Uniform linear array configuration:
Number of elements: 64
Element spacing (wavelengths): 0.75
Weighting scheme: binomial
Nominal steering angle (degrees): -60
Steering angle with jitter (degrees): -60.325
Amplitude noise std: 0.05
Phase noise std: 0.05

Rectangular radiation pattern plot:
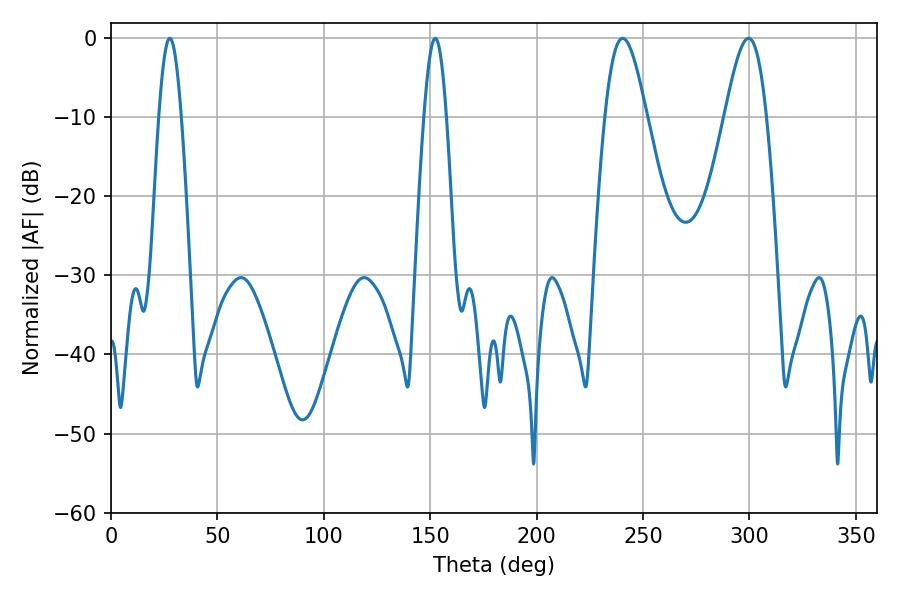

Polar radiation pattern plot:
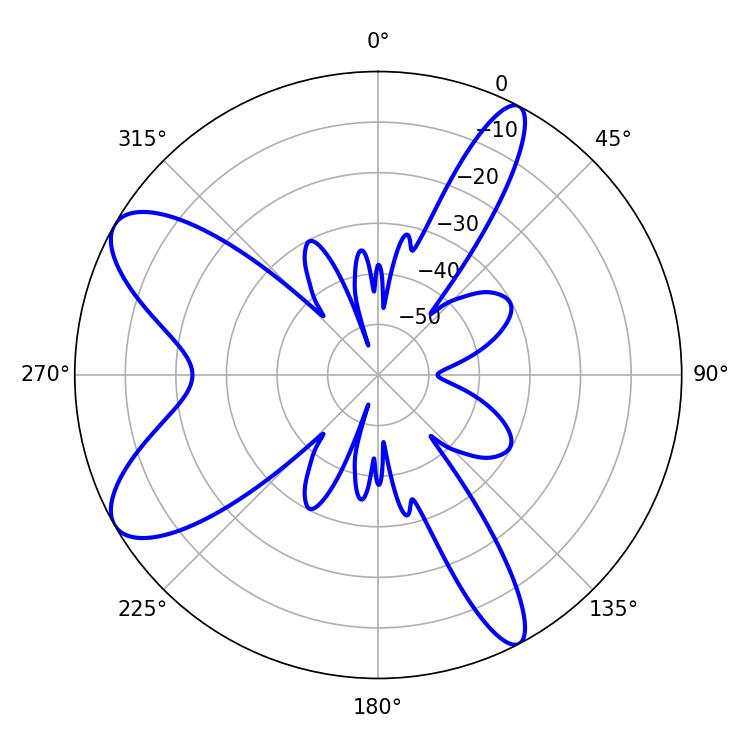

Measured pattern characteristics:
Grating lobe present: TRUE
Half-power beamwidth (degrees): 10.44
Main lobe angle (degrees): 240.48